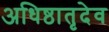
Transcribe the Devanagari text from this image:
अधिष्ठातृदेव